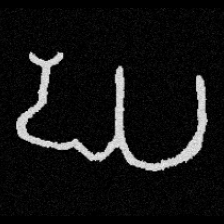
Pyu character \u2014 Myanmar letter: ဃ (romanized: gha)